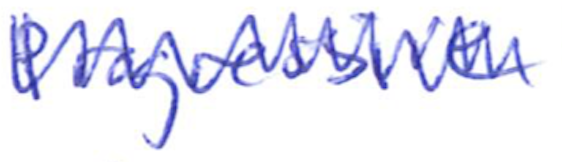
Text: Progressive
Cross-out: zig-zag
Writing tool: ballpoint